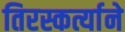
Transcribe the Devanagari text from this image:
तिरस्कर्त्याने